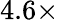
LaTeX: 4.6\times